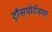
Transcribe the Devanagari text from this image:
ट्राँसपोर्टनगर